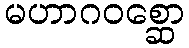
မဟာဂဝစ္ဆော